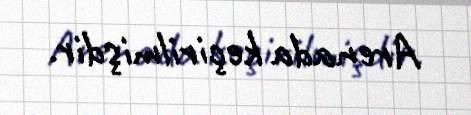
Arenada keçirilmişdir.